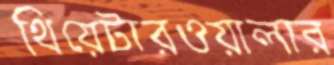
থিয়েটারওয়ালার